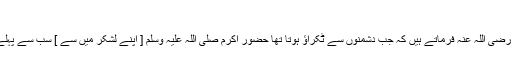
( صحیح مسلم )
٭ حضرت عمران بن حصین رضی اللہ عنہ فرماتے ہیں کہ جب دشمنوں سے ٹکراؤ ہوتا تھا حضور اکرم صلی اللہ علیہ وسلم [ اپنے لشکر میں سے ] سب سے پہلے جنگ شروع فرماتے تھے۔